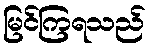
မြင်ကြရသည်